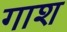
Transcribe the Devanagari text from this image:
गाश